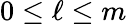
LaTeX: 0\leq\ell\leq m